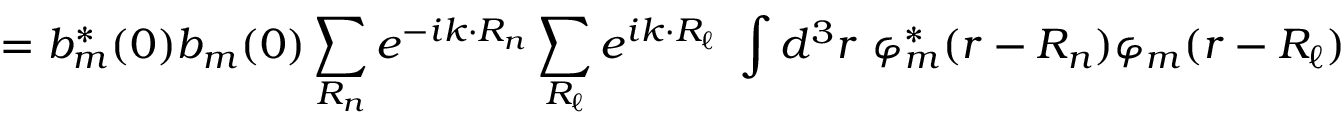
= b _ { m } ^ { * } ( 0 ) b _ { m } ( 0 ) \sum _ { \boldsymbol { R _ { n } } } e ^ { - i { \boldsymbol { k \cdot R _ { n } } } } \sum _ { \boldsymbol { R _ { \ell } } } e ^ { i { \boldsymbol { k \cdot R _ { \ell } } } } \ \int d ^ { 3 } r \ \varphi _ { m } ^ { * } ( { \boldsymbol { r - R _ { n } } } ) \varphi _ { m } ( { \boldsymbol { r - R _ { \ell } } } )